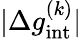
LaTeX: |\Delta g_{\mathrm{int}}^{(k)}|